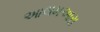
આલમઆરા